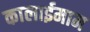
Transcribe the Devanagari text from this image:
कालाईमाम